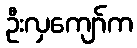
ဦးလှကျော်က